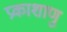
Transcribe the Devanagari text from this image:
प्रकाशाणु